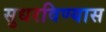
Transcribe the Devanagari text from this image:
सुधरविण्यास